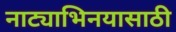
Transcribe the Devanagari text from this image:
नाट्याभिनयासाठी